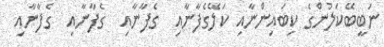
ނަބީބޭކަލުންގެ ކިބައިންނާއި ކަލޭގެފާނާއި  ގެފާނާއި  ގެފާނާއި  ގެފާނާއި